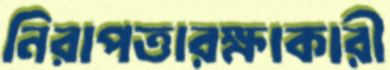
নিরাপত্তারক্ষাকারী